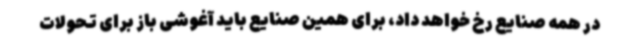
در همه صنایع رخ خواهد داد، برای همین صنایع باید آغوشی باز برای تحولات